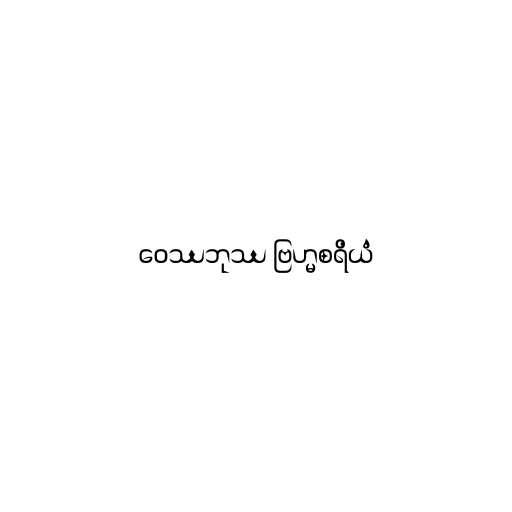
ဝေဿဘုဿ ဗြဟ္မစရိယံ